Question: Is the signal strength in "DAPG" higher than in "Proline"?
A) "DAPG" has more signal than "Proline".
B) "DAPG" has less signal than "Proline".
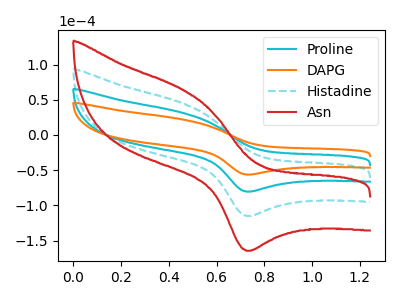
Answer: <think>The cyan curve "Proline" has an anodic peak at (0.45V, 31.40uA) and a cathodic peak at (0.70V, -80.45uA). The orange curve "DAPG" has an anodic peak at (0.45V, 21.95uA) and a cathodic peak at (0.70V, -56.25uA). The cyan dashed curve "Histadine" has an anodic peak at (0.45V, 62.80uA) and a cathodic peak at (0.70V, -160.90uA). The red curve "Asn" has an anodic peak at (0.45V, 94.20uA) and a cathodic peak at (0.70V, -241.35uA).
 All the peaks in "DAPG" have a peak in "Proline" at the same potential. Every peak in "DAPG" is lower than every peak in "Proline".</think>
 <answer>B) "DAPG" has less signal than "Proline".</answer>
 <eval>B</eval>